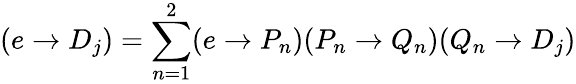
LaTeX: (e\rightarrow D_{j})=\sum_{n=1}^{2}(e\rightarrow P_{n})(P_{n}\rightarrow Q_{n})(Q_{n}\rightarrow D_{j})